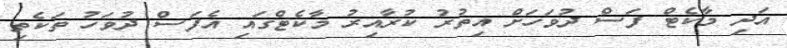
އަދި މާކެޓް ފަސް ދުވަހަށް އިތުރު ކުރާއިރު މާކެޓްގައި އެފަސް ދުވަހު ތަކެތި